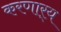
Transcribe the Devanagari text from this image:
करणार्‍य